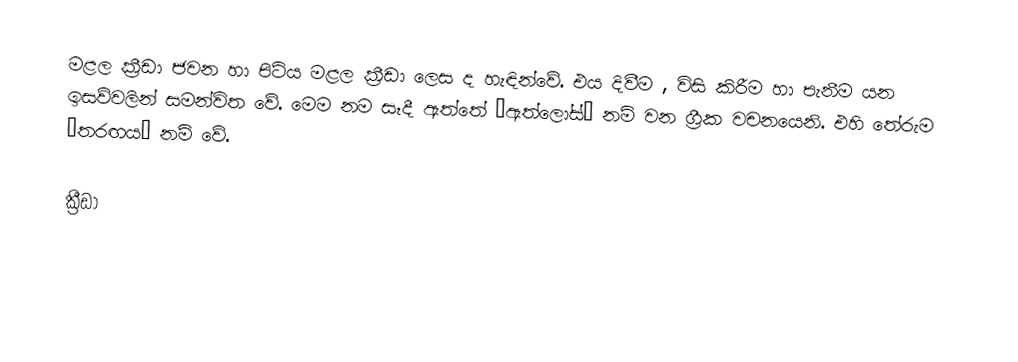
මළල ක්‍රීඩා ජවන හා පිටිය මළල ක්‍රීඩා ලෙස ද හැඳින්වේ. එය දිවී‍ම , විසි කිරීම හා පැනීම යන ඉසව්වලින් සමන්විත වේ. මෙම නම සෑදී ඇත්තේ “ඇත්ලෝස්” නම් වන ග්‍රීක වචනයෙනි. එහි තේරුම “තරඟය” නම් වේ.

ක්‍රීඩා